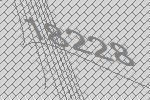
18228